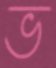
ভ